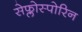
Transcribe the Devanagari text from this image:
सेफ्लोस्पोरिन